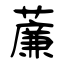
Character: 薕